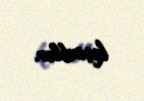
keçiriblər.